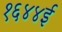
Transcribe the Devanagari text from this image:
१६४४ई